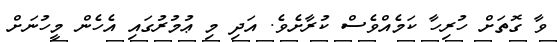
ވާ ގޮތަށް ހުރިހާ ކަމެއްވެސް ކުރާށެވެ. އަދި މި ޢުމުރުގައި އެހެން މީހުނަށް